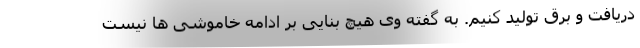
دریافت و برق تولید کنیم. به گفته وی هیچ بنایی بر ادامه خاموشی ها نیست